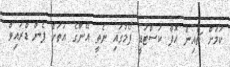
ކަމަށް ޗެއިން އޮފް ކަސްޓަޑީ ފޯމުގައި ނެތީ އޭނާގެ އަތަށް ޕެން ޑްރައިވް